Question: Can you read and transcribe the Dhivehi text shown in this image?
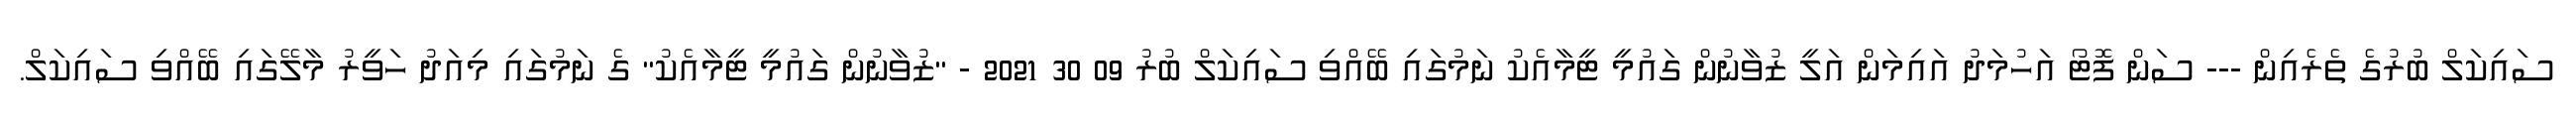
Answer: ސައިކަލް ބުރުގެ ތެރެއިން --- ސަން ފޮޓޯ އަހުމަދު އައިމަން އަލީ ޒުވާނުން ގައުމީ ޓީމާއެކު ނަމުގައި ބޭއްވި ސައިކަލް ބުރު 09 30 2021 - "ޒުވާނުން ގައުމީ ޓީމާއެކު" ގެ ނަމުގައި މިއަދު ހަވީރު މާލޭގައި ބޭއްވި ސައިކަލް.